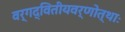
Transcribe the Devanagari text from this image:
वर्गद्वितीयवर्णोत्थाः